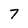
Character: 7